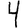
Digit: 4